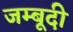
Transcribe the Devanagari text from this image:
जम्बूदी